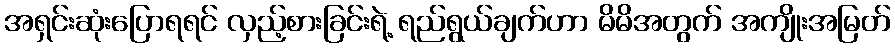
အရှင်းဆုံးပြောရရင် လှည့်စားခြင်းရဲ့ ရည်ရွယ်ချက်ဟာ မိမိအတွက် အကျိုးအမြတ်